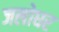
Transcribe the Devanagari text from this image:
जलोधर